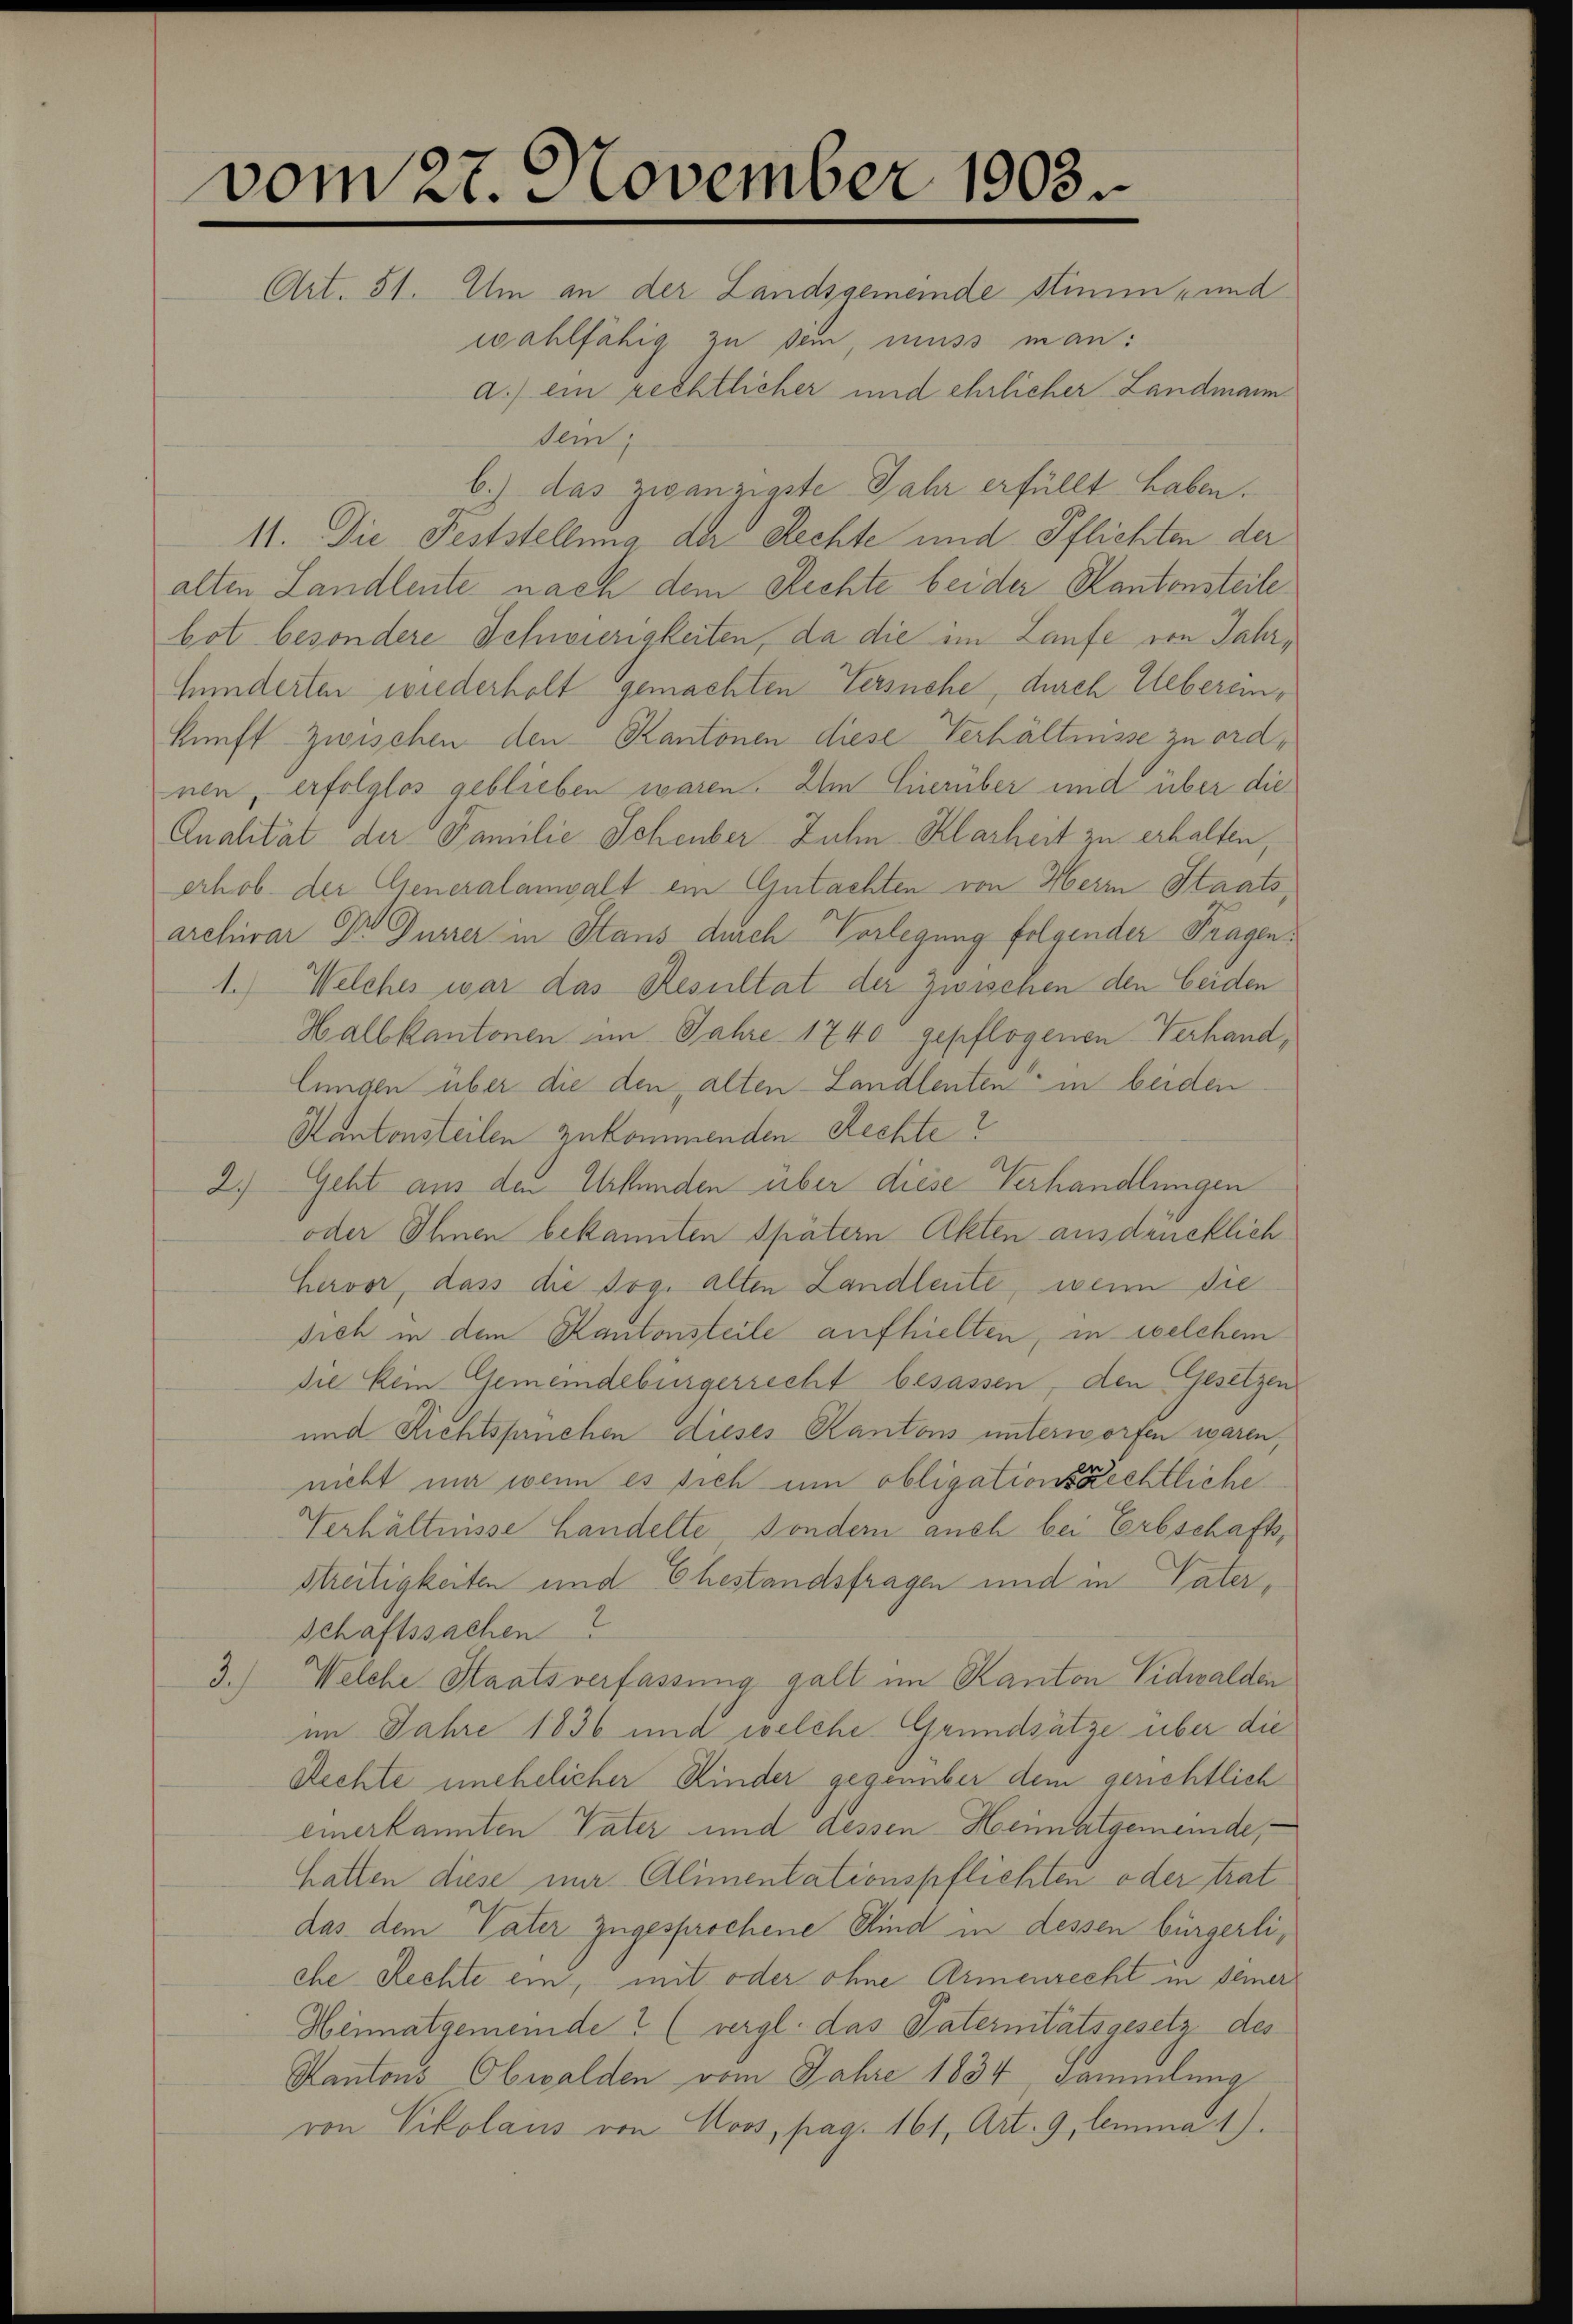
vom 27. November 1903.

Art. 51. Um an der Landsgemeinde Stimm- und
wahlfähig zu sein, muss man:
a.) ein rechtlicher und ehrlicher Landmann
deid,
b.) das zwanzigste Jahr erfüllt haben.
11. Die Feststellung der Rechte und Pflichten der
alten Landleute nach dem Rechte beider Kantonsteile
bot besondere Schwierigkeiten, da die im Laufe von Jahrhinderten wiederholt gemachten Versuche, durch Uebereinkunft zwischen den Kantonen diese Verhältnisse zu ordnen, erfolglos geblieben waren. Im Hierüber und über die
Analität der Familie Scheuber Zuhn Klarheit zu erhalten
erhob. der Generalangalt ein Gutachten von Herrn Staats
archivar Dr Gurrer in Stans durch Vorlegung folgender Fragen¬
1.) Welches war das Resultat der Zwischen den beiden
Halbkantonen im Jahre 1740 gepflogenen Verhandlunigen über die den alten Landlenten in beiden
Kantonsteilen zukommenden Rechte?
2.) Geht aus den Urkunden über diese Verhandlungen
oder Ihnen bekannten Spätern Akten ausdrücklich
Hervor, dass die sog. alten Landleute, wenn die
sich in dem Kantonsteile aufhielten, in welchem
Sie kein Gemeindebürgerrecht besassen, den Gesetzen
und Richtspruchen dieses Kantons unterworfen waren,
nicht mir wenn es sich um obligationsrechtliche
Verhältnisse Handelte sondern auch bei Erbschaft,
Streitigkeiten und Ehestandsfragen und in Vater¬
Schaftssachen
3.) Welche Staatsverfassung galt im Kanton Nidwalden
im Jahre 1836 und welche Grundsätze über die
Rechte unehelicher Kinder gegenüber dem gerichtlich
einerkannten Vater und dessen Heimatgemeinde,
hatten diese mir Alimentationspflichten oder trat
das dem Vater zugesprochene Kind in dessen bürgerliche Rechte ein, mit oder ohne Armenrecht in Deiner
Heimatgemeinde ? (vergl. das Paternitätsgesetz des
Kantons Obwalden vom Jahre 1834 Sammlung
von Vikolaus von Moos, pag. 161, Art. 9, lemma 1).